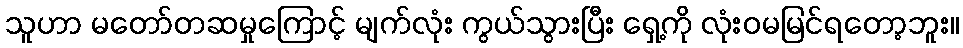
သူဟာ မတော်တဆမှုကြောင့် မျက်လုံး ကွယ်သွားပြီး ရှေ့ကို လုံးဝမမြင်ရတော့ဘူး။